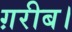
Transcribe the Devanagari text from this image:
ग़रीब।